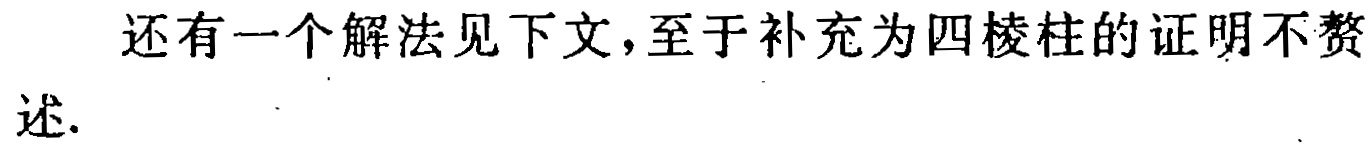
还有一个解法见下文，至于补充为四棱柱的证明不赘述.